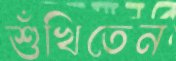
শুঁখিতেন